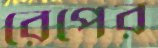
রেপের